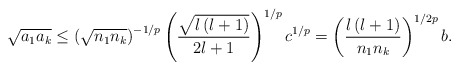
\begin{align*}\sqrt{a_{1}a_{k}}\leq\left( \sqrt{n_{1}n_{k}}\right) ^{-1/p}\left(\frac{\sqrt{l\left( l+1\right) }}{2l+1}\right) ^{1/p}c^{1/p}=\left(\frac{l\left( l+1\right) }{n_{1}n_{k}}\right) ^{1/2p}b.\end{align*}